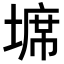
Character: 𭏖